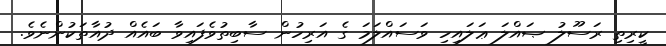
ކީރިތި ރަސޫލު ޞައްލަ ޢަލައިހި ވަސައްލަމަ ގެ އަރިހުން ސާބިތުވެފައިވާ ބައެއް ދުއާތަކުންނެވެ.